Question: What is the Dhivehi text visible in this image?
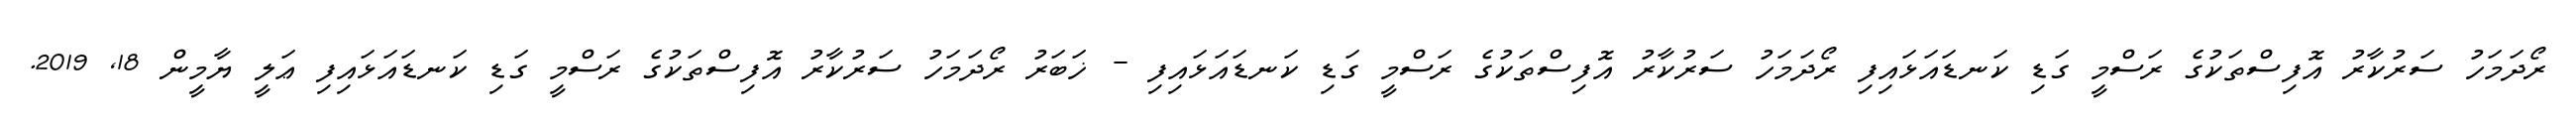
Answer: ރޯދަމަހު ސަރުކާރު އޮފިސްތަކުގެ ރަސްމީ ގަޑި ކަނޑައަޅައިފި ރޯދަމަހު ސަރުކާރު އޮފިސްތަކުގެ ރަސްމީ ގަޑި ކަނޑައަޅައިފި - ޚަބަރު ރޯދަމަހު ސަރުކާރު އޮފިސްތަކުގެ ރަސްމީ ގަޑި ކަނޑައަޅައިފި ޢަލީ ޔާމީން 18, 2019.